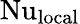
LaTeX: \textrm{Nu}_{\textrm{local}}